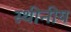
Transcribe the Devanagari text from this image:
स्थीनीय